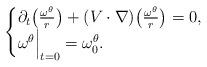
LaTeX: \begin{align*}\begin{cases}\partial_t \bigl( \frac {\omega^{\theta}} r \bigr) + (V \cdot \nabla)\bigl( \frac {\omega^{\theta}} r \bigr)=0, \\\omega^{\theta} \Bigr|_{t=0} =\omega_0^{\theta}.\end{cases}\end{align*}